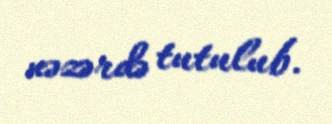
nəzərdə tutulub.